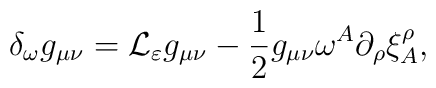
\delta_{\omega}g_{\mu\nu}={\cal L}_\varepsilon g_{\mu\nu}-\frac 12 g_{\mu\nu}\omega^A \partial_\rho\xi^\rho_A,